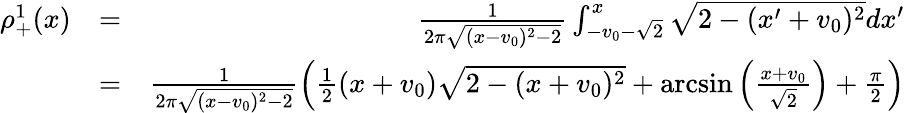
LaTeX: \begin{array}{rlr}{\rho_{+}^{1}(x)}&{=}&{\frac{1}{2\pi\sqrt{(x-v_{0})^{2}-2}}\int_{-v_{0}-\sqrt{2}}^{x}\sqrt{2-(x^{\prime}+v_{0})^{2}}dx^{\prime}}\\ &{=}&{\frac{1}{2\pi\sqrt{(x-v_{0})^{2}-2}}\left(\frac{1}{2}(x+v_{0})\sqrt{2-(x+v_{0})^{2}}+\arcsin\left(\frac{x+v_{0}}{\sqrt{2}}\right)+\frac{\pi}{2}\right)}\end{array}